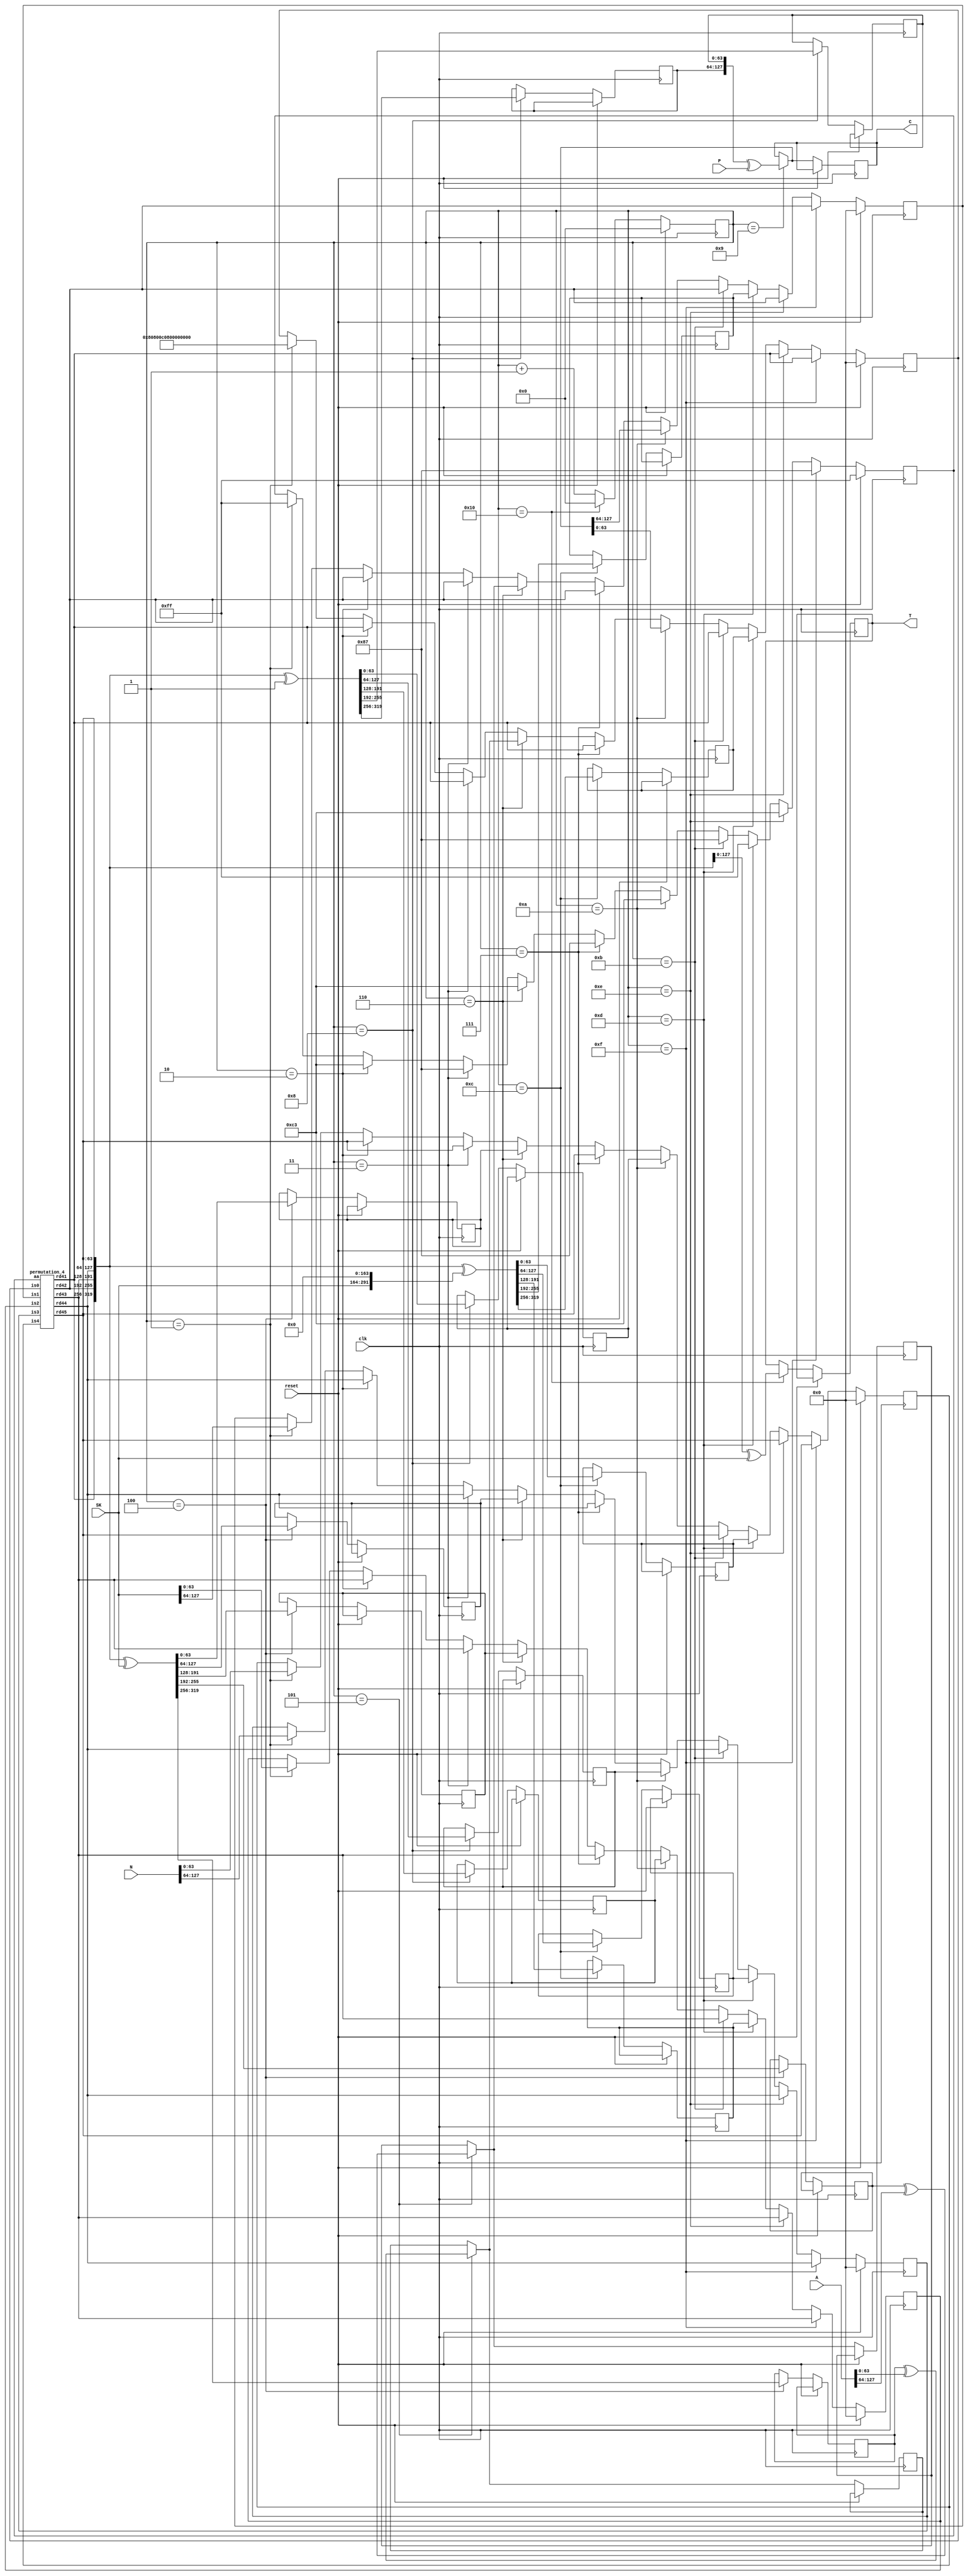
`timescale 1ns / 1ps
//!
//! **PROJECT:**             Lightweight Ascon
//!
//! **LANGUAGE:**            Verilog
//!
//! **FILE:**                encrypt_4blocks_128a
//!
//! **AUTHOR(S):**
//!
//!   - Kashif Inayat      - kashif.inayat@inu.ac.kr
//!   - SafiUllah Khan     - safi.jadoon@live.com
//!
//! **CONTRIBUTORS:**
//!
//!   - Fahad Bin Muslim   - fahadbinmuslim@gmail.com
//!
//! **REVISION:**
//!   * 0.0.1 - Initial release. 2024-05-27
//!
//!
//! | Doc | Schematic | TB | ASRT |Params. Val.| Synthesis test| Unify Interface| Functional Model |
//! |-----|-----------|----|------|------------|---------------|----------------|------------------|
//! |    |          |   |     |           |              |               |                 |
module encrypt_4blocks_128a(
    SK, N, A, P, clk, reset, C, T
    );
	 
    input [127:0] SK, N;
    input [127:0] A;
    input [127:0] P;
	 input  clk, reset;
	 
    output reg [127:0] C;
    output reg [127:0] T;
	 
	 wire [63:0] IV;
	 wire [63:0] s11, s12, s13, s14, s15;
	 reg [63:0] s21, s22, s23, s24, s25;
	 reg [63:0] s31, s32, s33, s34, s35;
	 reg [63:0] s41, s42, s43, s44, s45;

	 reg  [63:0] i0, i1, i2, i3, i4;
	 reg  [7:0] a;
	 wire [63:0] o0, o1, o2, o3, o4;
	 wire [63:0] s0, s1, s2, s3, s4;
	 reg  [4:0] count;
	 reg [63:0] t21, t22;
	 
	 reg [63:0] r10, r11, r12, r13, r14;

	assign IV = 64'h80800c0800000000;
	assign {s11, s12, s13, s14, s15} = {IV, SK, N};
	
	permutation_4 p1 (i0, i1, i2, i3, i4, a,
           o0, o1, o2, o3, o4);
			  
			  assign s0 = o0;
			  assign s1 = o1;
			  assign s2 = o2;
			  assign s3 = o3;
			  assign s4 = o4;
			  
			  
			  always @(posedge clk)
begin
if (reset)
begin
count <= 0;
i0<=64'd0;
i1<=64'd0;
i2<=64'd0;
i3<=64'd0;
i4<=64'd0;
a <= 8'hff;
end

else begin

                if (count == 1)
                begin
                i0 <= s11;
                i1 <= s12;
                i2 <= s13;
                i3 <= s14;
                i4 <= s15;
                a <= 8'hff;
                end
                if (count == 2)
                begin
                i0 <= s0;
                i1 <= s1;
                i2 <= s2;
                i3 <= s3;
                i4 <= s4;
                a <= 8'hc3;
                end
                if (count == 3)
                begin
                i0<=s0;
                i1<=s1;
                i2<=s2;
                i3<=s3;
                i4<=s4;
                a <= 8'h87;
                end
               
					 
if (count == 4)

begin
{s21, s22, s23, s24, s25} <= {s0, s1, s2, s3, s4} ^ {192'b00, SK};
end

if (count == 5)
begin
t21 = s21 ^ A[63:0];
t22 = s22 ^ A[127:64];
end
                        if (count == 6)
                        begin
                        i0<=t21;
                        i1<=t22;
                        i2<=s23;
                        i3<=s24;
                        i4<=s25;
                        a <= 8'hc3;
                        end
                        if (count == 7)
                        begin
                        i0 <= s0;
                        i1 <= s1;
                        i2 <= s2;
                        i3 <= s3;
                        i4 <= s4;
                        a <= 8'h87;
                        end

if (count == 8)
begin
{s31, s32, s33, s34, s35} <= {s0, s1, s2, s3, s4} ^ {319'h0, 1'h1};
end

if (count == 9)
begin
C = {s31, s32} ^ P;
end

                                    if (count == 10)
                                    begin
                                    i0<=C[63:0];
                                    i1<=C[127:64];
                                    i2<=s33;
                                    i3<=s34;
                                    i4<=s35;
                                    a <= 8'hc3;
                                    end
                                    if (count == 11)
                                    begin
                                    i0 <= s0;
                                    i1 <= s1;
                                    i2 <= s2;
                                    i3 <= s3;
                                    i4 <= s4;
                                    a <= 8'h87;
                                    end

if (count == 12)
begin
{s41, s42, s43, s44, s45} <= {s0, s1, s2, s3, s4} ^ {128'h0, SK, 164'h0};
end

                            if (count == 13)
                            begin
                            i0<=s41;
                            i1<=s42;
                            i2<=s43;
                            i3<=s44;
                            i4<=s45;
                            a <= 8'hff;
                            end
                            if (count == 14)
                            begin
                            i0 <= s0;
                            i1 <= s1;
                            i2 <= s2;
                            i3 <= s3;
                            i4 <= s4;
                            a <= 8'hc3;
                            end
                            if (count == 15)
                            begin
                            i0<=s0;
                            i1<=s1;
                            i2<=s2;
                            i3<=s3;
                            i4<=s4;
                            a <= 8'h87;
                            end


if (count == 16)
begin
T <= {s3, s4} ^ SK;
count <= 0;
end

else 

count <= count+1;

end
end
endmodule

/////////////////////////////////////////////////////////////////////////////////

module permutation_4(
    
                                is0, is1, is2, is3, is4, aa,
                                rd41, rd42, rd43, rd44, rd45
		                );

input [63:0] is0, is1, is2, is3, is4;
input [7:0] aa;

wire [63:0] add1, add2, add3, add4, add5, add6;

wire [63:0] rs11, rs12, rs13, rs14, rs15;
wire [63:0] rd11, rd12, rd13, rd14, rd15;

wire [63:0] rs21, rs22, rs23, rs24, rs25;
wire [63:0] rd21, rd22, rd23, rd24, rd25;

wire [63:0] rs31, rs32, rs33, rs34, rs35;
wire [63:0] rd31, rd32, rd33, rd34, rd35;

wire [63:0] rs41, rs42, rs43, rs44, rs45;
output [63:0] rd41, rd42, rd43, rd44, rd45;


//Round 1
assign add1 = is2 ^ (aa-8'h0f);
substitution_single s1 (is0, is1, add1, is3, is4, rs11, rs12, rs13, rs14, rs15);
diffusion_single d1 (rs11, rs12, rs13, rs14, rs15, rd11, rd12, rd13, rd14, rd15);

//Round 2
assign add2 = rd13 ^ (aa-8'h1e);
substitution_single s2 (rd11, rd12, add2, rd14, rd15, rs21, rs22, rs23, rs24, rs25);
diffusion_single d2 (rs21, rs22, rs23, rs24, rs25, rd21, rd22, rd23, rd24, rd25);

//Round 3
assign add3 = rd23 ^ (aa-8'h2d);
substitution_single s3 (rd21, rd22, add3, rd24, rd25, rs31, rs32, rs33, rs34, rs35);
diffusion_single d3 (rs31, rs32, rs33, rs34, rs35, rd31, rd32, rd33, rd34, rd35);

//Round 4
assign add4 = rd33 ^ (aa-8'h3c);
substitution_single s4 (rd31, rd32, add4, rd34, rd35, rs41, rs42, rs43, rs44, rs45);
diffusion_single d4 (rs41, rs42, rs43, rs44, rs45, rd41, rd42, rd43, rd44, rd45);


endmodule

/////////////////////////////////////////////////////////////////////////////////////////

module substitution_single(is0, is1, is2, is3, is4, sub3_s0, sub3_s1, sub3_s2, sub3_s3, sub3_s4
    );
    
    input [63:0] is0, is1, is2, is3, is4;
    output [63:0] sub3_s0, sub3_s1, sub3_s2, sub3_s3, sub3_s4;
    
    //--------- Substitution_1
wire [63:0] sub1_s [0:4];

assign sub1_s[0] = is0 ^ is4;
assign sub1_s[1] = is1;
assign sub1_s[2] = is1 ^ is2;
assign sub1_s[3] = is3;
assign sub1_s[4] = is3 ^ is4;


//--------- Substitution_2
wire [63:0] Tval [0:4];
assign Tval[0] = (sub1_s[0] ^ 64'hffffffffffffffff) & sub1_s[1];
assign Tval[1] = (sub1_s[1] ^ 64'hffffffffffffffff) & sub1_s[2];
assign Tval[2] = (sub1_s[2] ^ 64'hffffffffffffffff) & sub1_s[3];
assign Tval[3] = (sub1_s[3] ^ 64'hffffffffffffffff) & sub1_s[4];
assign Tval[4] = (sub1_s[4] ^ 64'hffffffffffffffff) & sub1_s[0];

wire [63:0] sub2_s [0:4];
assign sub2_s[0] = Tval[1] ^ sub1_s[0];
assign sub2_s[1] = Tval[2] ^ sub1_s[1];
assign sub2_s[2] = Tval[3] ^ sub1_s[2];
assign sub2_s[3] = Tval[4] ^ sub1_s[3];
assign sub2_s[4] = Tval[0] ^ sub1_s[4];

//--------- Substitution_3

assign sub3_s0 = sub2_s[0] ^ sub2_s[4];
assign sub3_s1 = sub2_s[1] ^ sub2_s[0];
assign sub3_s2 = sub2_s[2] ^ 64'hFFFFFFFFFFFFFFFF;
assign sub3_s3 = sub2_s[3] ^ sub2_s[2];
assign sub3_s4 = sub2_s[4];
endmodule

////////////////////////////////////////////////////////////////////////////

module diffusion_single(sub3_s0, sub3_s1, sub3_s2, sub3_s3, sub3_s4, ose0, ose1, ose2, ose3, ose4

    );
    
    input [63:0] sub3_s0, sub3_s1, sub3_s2, sub3_s3, sub3_s4;
    output [63:0] ose0, ose1, ose2, ose3, ose4; 
    
    
assign ose0 = sub3_s0 ^ ( {sub3_s0[18:0],sub3_s0[63:19]} ^ {sub3_s0[27:0],sub3_s0[63:28]} );
assign ose1 = sub3_s1 ^ ( {sub3_s1[60:0],sub3_s1[63:61]} ^ {sub3_s1[38:0],sub3_s1[63:39]} );
assign ose2 = sub3_s2 ^ ( {sub3_s2[0000],sub3_s2[63:01]} ^ {sub3_s2[05:0],sub3_s2[63:06]} );
assign ose3 = sub3_s3 ^ ( {sub3_s3[09:0],sub3_s3[63:10]} ^ {sub3_s3[16:0],sub3_s3[63:17]} );
assign ose4 = sub3_s4 ^ ( {sub3_s4[06:0],sub3_s4[63:07]} ^ {sub3_s4[40:0],sub3_s4[63:41]} );
endmodule